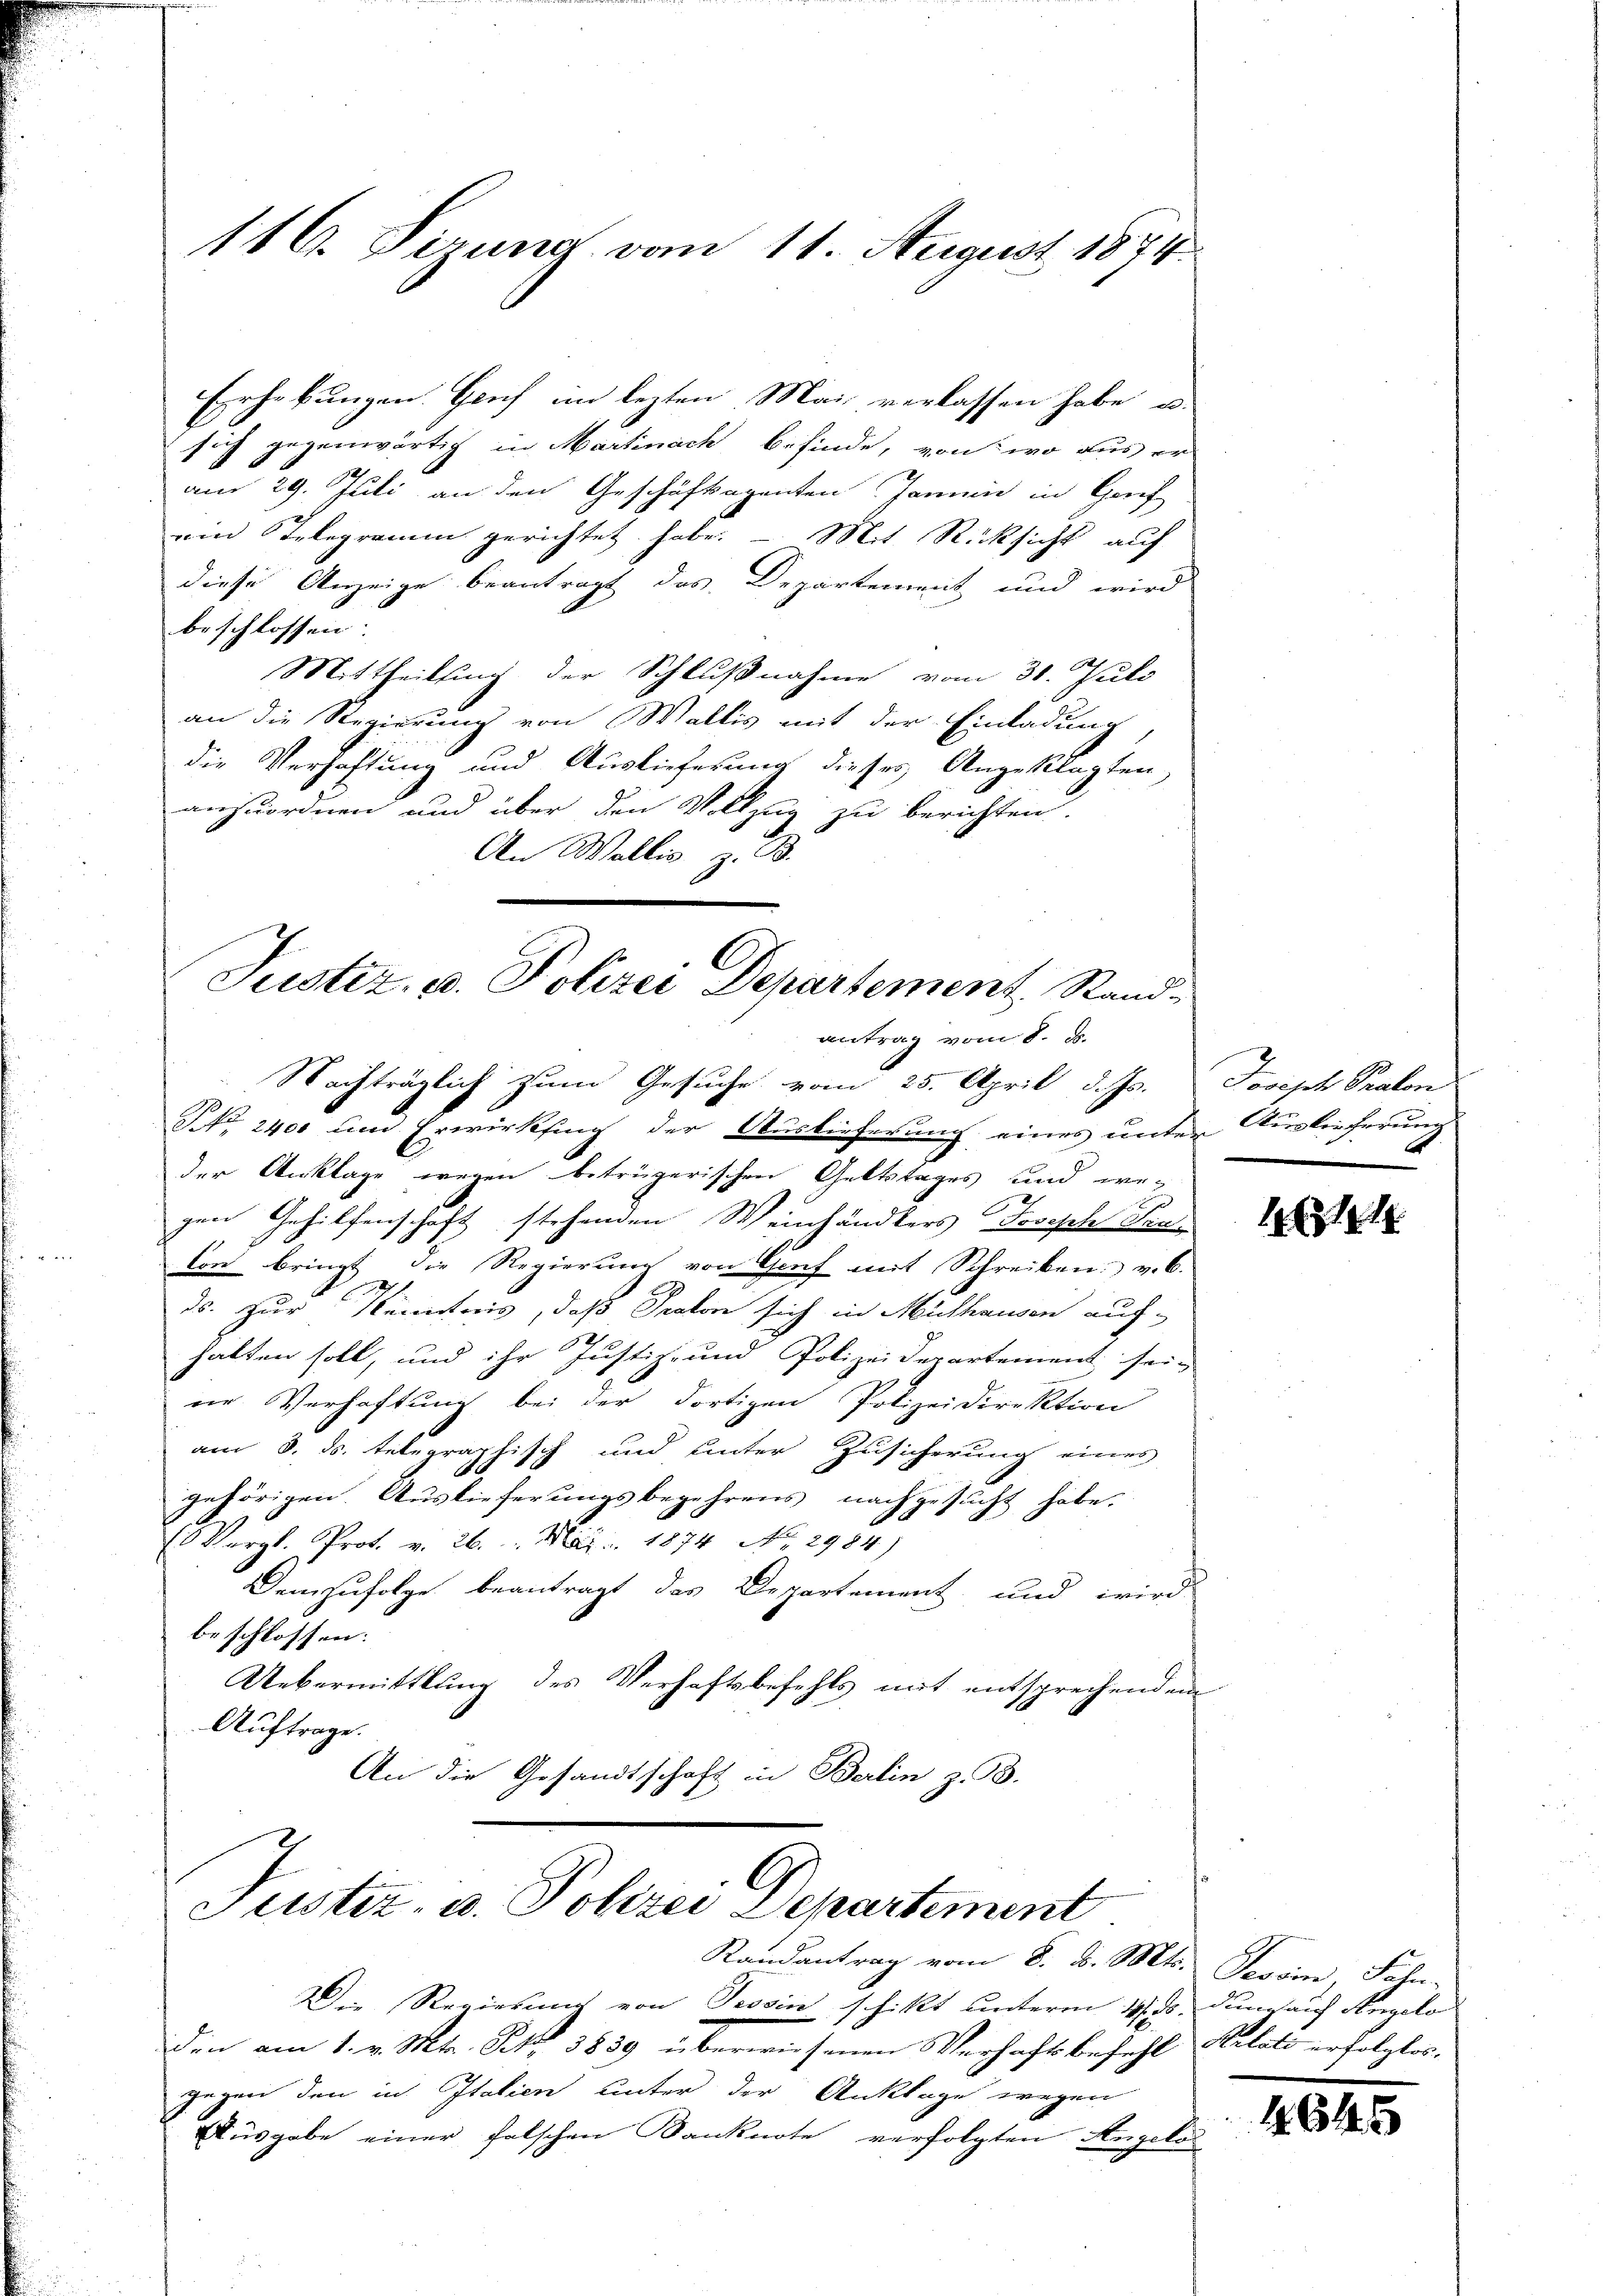
Erhebungen. Genf im lezten Mai verlassen habe, u.
sich gegenwärtig in Martinach befinde, von wo aus er
am 29. Juli an den Geschäftsagenten Jamni in Geri
ein Telegramm gerichtet habe. – Mit Rücksicht auf
diese Anzeige beantragt das Departement und wird
beschlossen:
Mittheilung der Schlußnahme vom 31. Juli
an die Regierung von Wallis mit der Einladung
die Verhaftung und Auslieferung dieses Angeklagten,
anzuordnen und über den Vollzug zu berichten.
An Wallis, z. B.
Justiz, u. Polizei Departement, Stand¬

antrag vom 8. d.
Nachträglich zum Gesuche vom 25. April d. Js.

116. Sirung vom 11. August 1874.

Jeister, u. Polizei Departement
Randantrag vom 8. d. Mts. Tessin, Fahn-

NNo. 2400 und Erwirkfing der Auslieferung eines unter Auslieferung
der Anklage wegen betrügerischen Geltstages und we-
gen Gehilfenschaft stehenden Weinhändlers Joseph Tra
ton bringt die Regierung von Genf mit Schreiben v. 6.
ds. zur Kenntnis, daß Praton sich in Mülhausen auf-
halten soll, und ihr Justiz- und Polizeidepartement sein
ne Verhaftung bei der dortigen Polizeidirektion
am 8. ds. telegraphisch und unter Zusicherung eines
gehörigen. Auslieferungsbegehrens nachgesŭcht habe.
Vergl. Prot. v. 26. Mai 1874. No. 2904)
Demzufolge beantragt das Departement und wird
beschlossen:
Uebermittlung des Verhaftsbefehls mit entsprechendem
Auftrage.
An die Gesandtschaft in Berlin z. B.

Joseph Pralon
t

14

Der Regierung von Tessin schikt unterm 14. ds. dum auf Angelo
Den am 1. v. Mts. S. 3839 überwiesenen Verhaftsbefehl Relati erfolglos.
gegen den in Italien unter der Anklage wegen
Ausgabe einer falschen Banknote verfolgten Angelo

1645